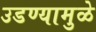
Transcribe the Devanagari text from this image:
उडण्यामुळे